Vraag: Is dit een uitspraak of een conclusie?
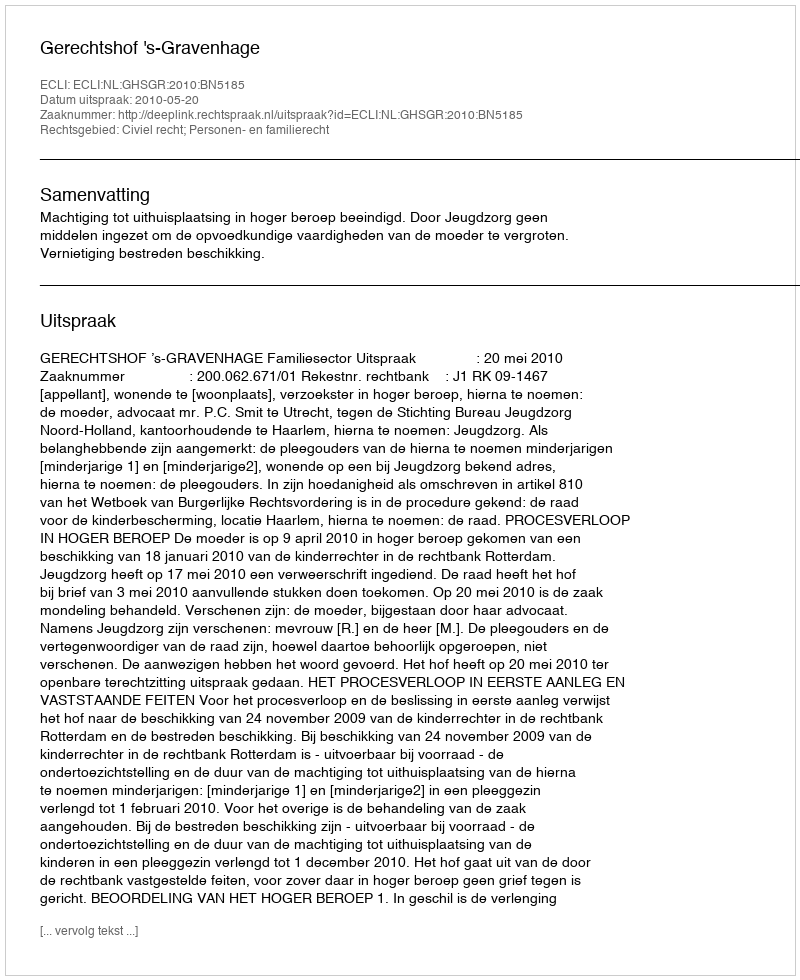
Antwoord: Uitspraak